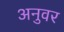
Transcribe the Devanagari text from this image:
अनुवर